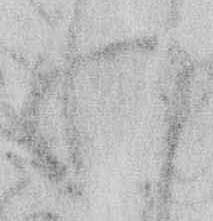
れ